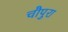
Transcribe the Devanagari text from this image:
चौपुरा